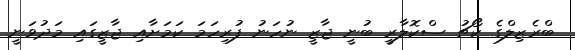
ބްރެޒިލްގެ ކޯޗު ސްކޮލާރީ ބުނީ ޖާޒީ ނުހަނު ފުރިހަމަ ކަމަށާއި ޖާޒީގައި މަދުވަނީ